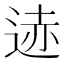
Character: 𫐨